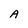
Character: A